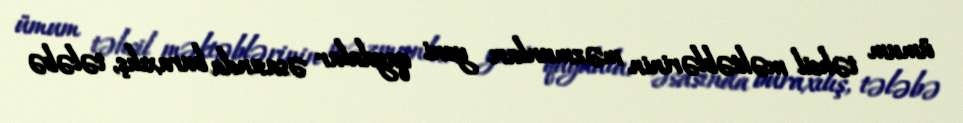
ümum təhsil məktəblərinin məzmunları yeni qaydalar əsasında buraxılış, tələbə